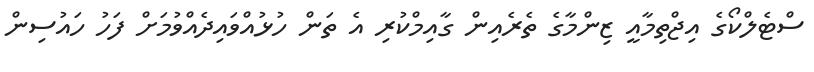
ސްޓެލްކޯގެ އިޖްތިމާއީ ޒިންމާގެ ތެރެއިން ގާއިމްކުރި އެ ތަން ހުޅުއްވައިދެއްވުމަށް ފަހު ހައުސިން